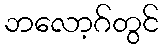
ဘလော့ဂ်တွင်